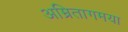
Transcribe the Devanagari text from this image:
अम्रितागमया